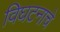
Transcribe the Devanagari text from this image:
विघटनाचे